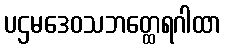
ပဌမဒေဝသဘတ္ထေရဂါထာ